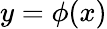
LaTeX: y=\phi(x)